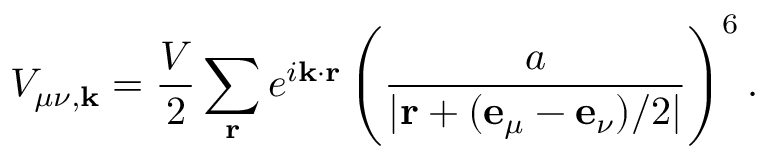
V _ { \mu \nu , \mathbf { k } } = \frac { V } { 2 } \sum _ { \mathbf { r } } e ^ { i \mathbf { k } \cdot \mathbf { r } } \left( \frac { a } { | \mathbf { r } + ( \mathbf { e } _ { \mu } - \mathbf { e } _ { \nu } ) / 2 | } \right) ^ { 6 } .